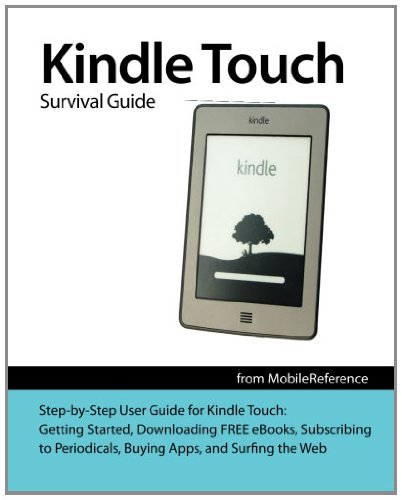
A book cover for Kindle Touch Survival Guide: Step-by-Step User Guide for Kindle Touch: Getting Started, Downloading FREE eBooks, Subscribing to Periodicals, Buying Apps, and Surfing the Web (Mobi Manuals); Toly K; Computers & Technology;